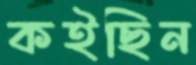
কইছিন